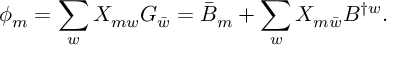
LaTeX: \phi _ { m } = \sum _ { w } X _ { m w } G _ { \bar { w } } = \bar { B } _ { m } + \sum _ { w } X _ { m \bar { w } } B ^ { \dagger w } .